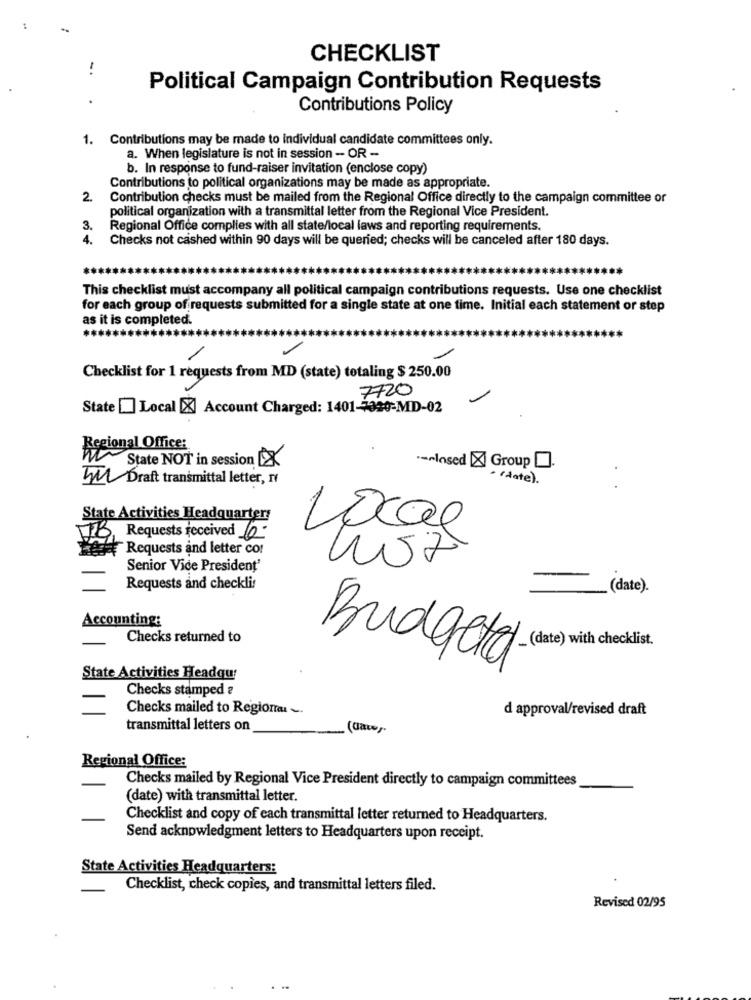
CHECKLIST
Political Campaign Contribution Requests
Contributions Policy
1. Contributions may be made to individual candidate committees only.
a. When legislature is not in session - OR -
b. In response to fund-raiser invitation (enclose copy)
Contributions to political organizations may be made as appropriate.
2.
Contribution checks must be mailed from the Regional Office directly to the campaign committee or
political organization with a transmittal letter from the Regional Vice President.
3.
Regional Office complies with all state/local laws and reporting requirements.
4.
Checks not cashed within 90 days will be queried; checks will be canceled after 180 days.
This checklist must accompany all political campaign contributions requests. Use one checklist
for each group of requests submitted for a single state at one time. Initial each statement or step
as it is completed
****
Checklist for 1 requests from MD (state) totaling $ 250.00
7720
State [] Local [X] Account Charged: 1401-3320-MD-02
Regional Office:
State NOT in session [X
.- closed Group
M Draft transmittal letter, rv
· (date).
e Activities Headquarters
Local
Requests received-
Requests and letter co!
Senior Vice President'
Requests and checklis
(date).
Accounting:
Checks returned to
Budget (date)with checklist
State Activities Headqu
Checks stamped ?
Checks mailed to Regional ~.
d approval/revised draft
transmittal letters on
(Gaw)
Regional Office:
Checks mailed by Regional Vice President directly to campaign committees
(date) with transmittal letter.
Checklist and copy of each transmittal letter returned to Headquarters.
Send acknowledgment letters to Headquarters upon receipt.
State Activities Headquarters:
Checklist, check copies, and transmittal letters filed.
Revised 02/95